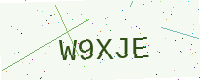
Text: W9XJE